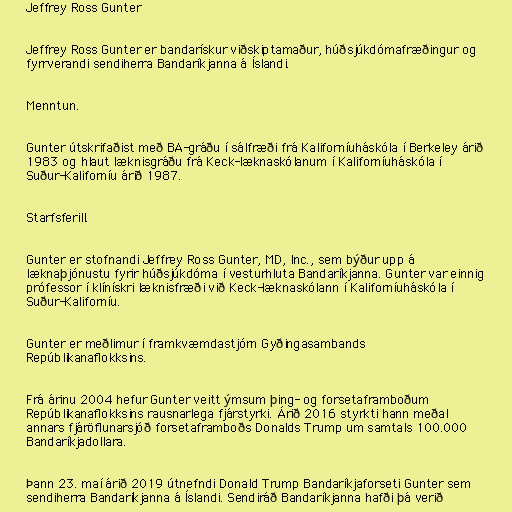
Jeffrey Ross Gunter

Jeffrey Ross Gunter er bandarískur viðskiptamaður, húðsjúkdómafræðingur og
fyrrverandi sendiherra Bandaríkjanna á Íslandi.

Menntun.

Gunter útskrifaðist með BA-gráðu í sálfræði frá Kaliforníuháskóla í Berkeley árið
1983 og hlaut læknisgráðu frá Keck-læknaskólanum í Kaliforníuháskóla í
Suður-Kaliforníu árið 1987.

Starfsferill.

Gunter er stofnandi Jeffrey Ross Gunter, MD, Inc., sem býður upp á
læknaþjónustu fyrir húðsjúkdóma í vesturhluta Bandaríkjanna. Gunter var einnig
prófessor í klínískri læknisfræði við Keck-læknaskólann í Kaliforníuháskóla í
Suður-Kaliforníu.

Gunter er meðlimur í framkvæmdastjórn Gyðingasambands
Repúblikanaflokksins.

Frá árinu 2004 hefur Gunter veitt ýmsum þing- og forsetaframboðum
Repúblikanaflokksins rausnarlega fjárstyrki. Árið 2016 styrkti hann meðal
annars fjáröflunarsjóð forsetaframboðs Donalds Trump um samtals 100.000
Bandaríkjadollara.

Þann 23. maí árið 2019 útnefndi Donald Trump Bandaríkjaforseti Gunter sem
sendiherra Bandaríkjanna á Íslandi. Sendiráð Bandaríkjanna hafði þá verið